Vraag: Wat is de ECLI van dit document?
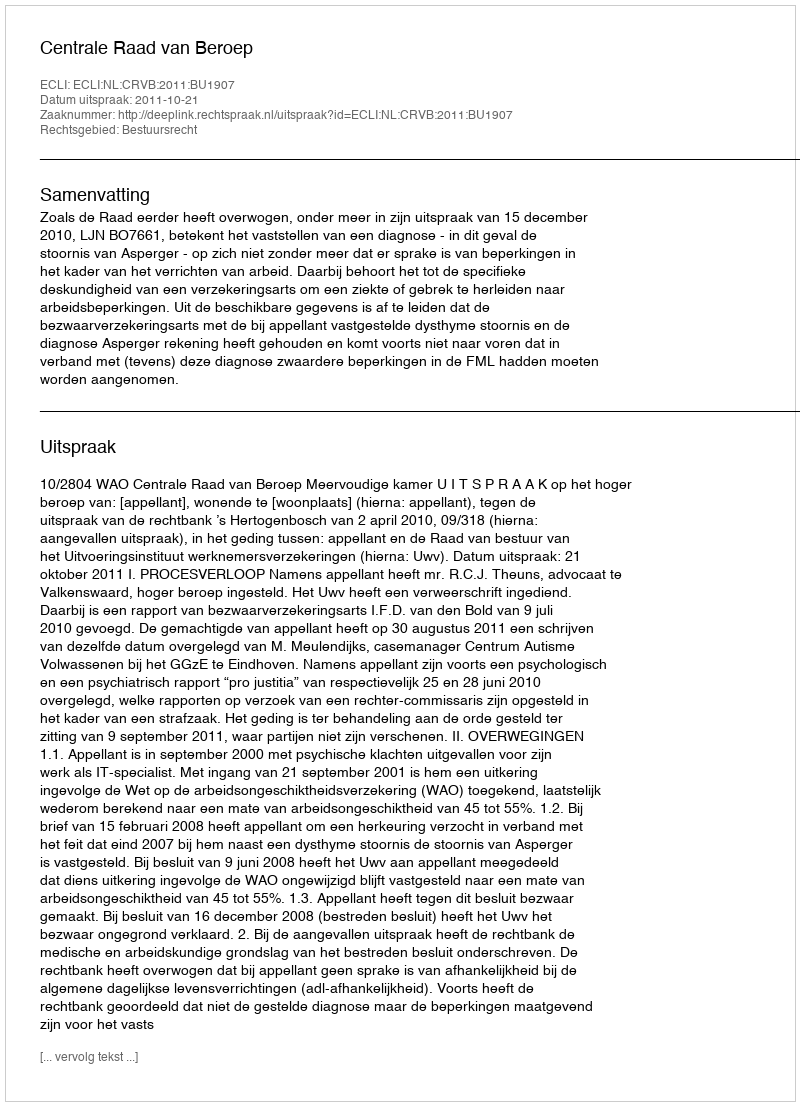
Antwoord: ECLI:NL:CRVB:2011:BU1907